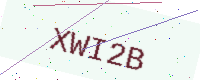
Text: XWI2B